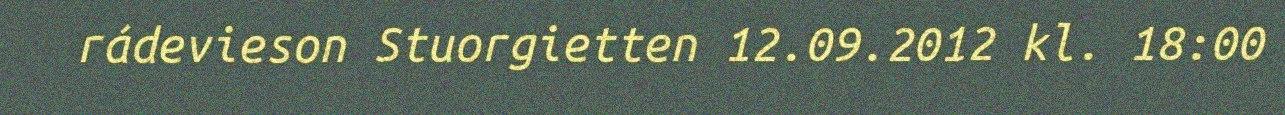
rádevieson Stuorgietten 12.09.2012 kl. 18:00